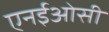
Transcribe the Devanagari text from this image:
एनईओसी